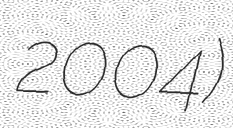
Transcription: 2004)